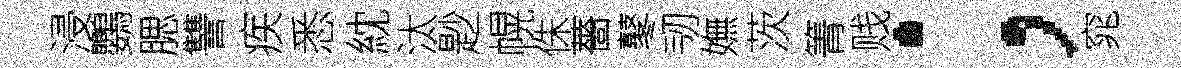
浸鸚腮讐疾悉紞汰尟幌侏薔鼕韧嫵茨箐贱；窕